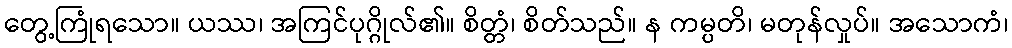
တွေ့ကြုံရသော။ ယဿ၊ အကြင်ပုဂ္ဂိုလ်၏။ စိတ္တံ၊ စိတ်သည်။ န ကမ္ပတိ၊ မတုန်လှုပ်။ အသောကံ၊